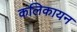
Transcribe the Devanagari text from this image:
कलिकायन